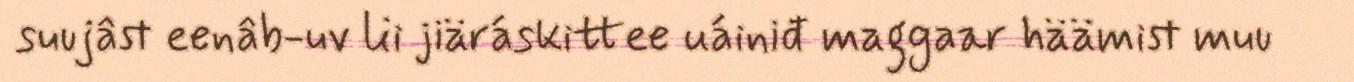
suujâst eenâb-uv lii jiäráskittee uáiniđ maggaar häämist muu